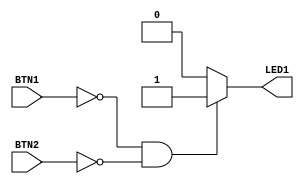
module top
    (
        output reg LED1,
        input BTN1,
        input BTN2
    );
    
    // Always block is triggered when one of the signals in the sensitivity list changes
    always @ (BTN1, BTN2)
    begin
        // Invert button and assign the value to the LED
        if(~BTN1 & ~BTN2)
            LED1 <= 1;
        else
            LED1 <= 0;
    end    
endmodule